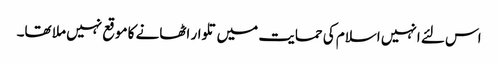
اس لئے انہیں اسلام کی حمایت میں تلوار اٹھانے کا موقع نہیں ملا تھا۔